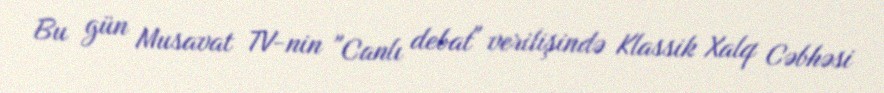
Bu gün Musavat TV-nin "Canlı debat" verilişində Klassik Xalq Cəbhəsi